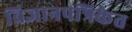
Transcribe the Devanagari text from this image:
विज्ञानपत्रिकेत